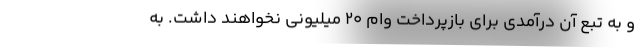
و به تبع آن درآمدی برای بازپرداخت وام ۲۰ میلیونی نخواهند داشت. به